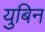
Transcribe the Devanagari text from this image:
युबिन